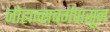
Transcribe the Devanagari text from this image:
जोहान्सबर्गपासून